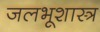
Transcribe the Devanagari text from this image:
जलभूशास्त्र